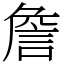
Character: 詹